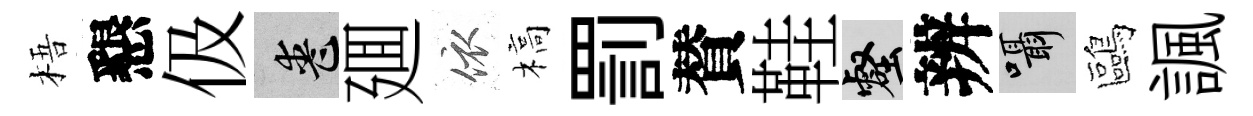
梧懇伋喪廽依槁罰賛鞋壑辨囁鷗諷